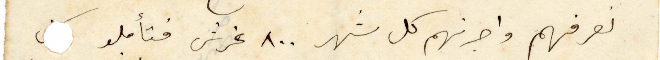
نعرفهم واجرتهم كل شهر ٨٠٠ غرش فتأملو كل